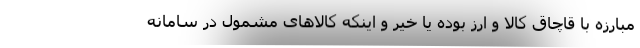
مبارزه با قاچاق کالا و ارز بوده یا خیر و اینکه کالاهای مشمول در سامانه